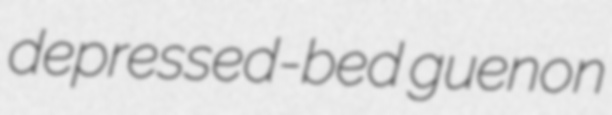
depressed-bed guenon